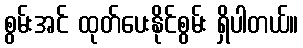
စွမ်းအင် ထုတ်ပေးနိုင်စွမ်း ရှိပါတယ်။